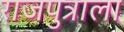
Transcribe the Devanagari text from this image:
राजपुत्राला